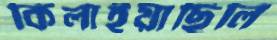
কিলাইয়াছিলি